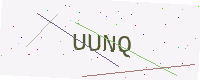
Text: UUNQ